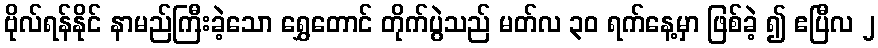
ဗိုလ်ရန်နိုင် နာမည်ကြီးခဲ့သော ရွှေတောင် တိုက်ပွဲသည် မတ်လ ၃၀ ရက်နေ့မှာ ဖြစ်ခဲ့ ၍ ဧပြီလ ၂